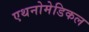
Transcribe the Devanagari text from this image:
एथनोमेडिकल